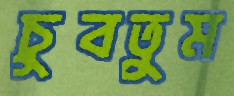
চুবতুম